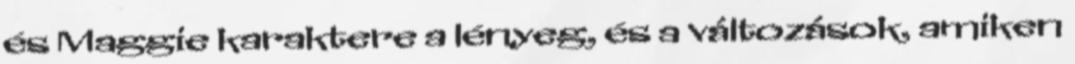
és Maggie karaktere a lényeg, és a változások, amiken